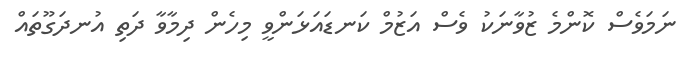
ނަމަވެސް ކޮންމެ ޒުވާނަކު ވެސް އަޒުމް ކަނޑައަޅަންވީ މިހެން ދިމާވާ ދަތި އުނދަގޫތައް